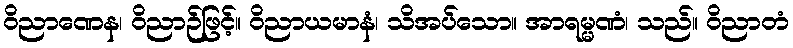
ဝိညာဏေန၊ ဝိညာဉ်ဖြင့်။ ဝိညာယမာနံ၊ သိအပ်သော။ အာရမ္မဏံ၊ သည်။ ဝိညာတံ